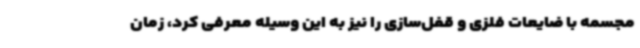
مجسمه با ضایعات فلزی و قفل‌سازی را نیز به این وسیله معرفی کرد، زمان